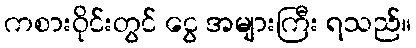
ကစားဝိုင်းတွင် ငွေ အများကြီး ရသည်။